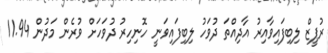
ރުޕީޒް ލިބިފައިވާއިރު އާދިއްތަ ދުވަހު ލިބިފައިވަނީ ހޮނިހިރު ދުވަހަށް ވުރެން މަދުން 11.94